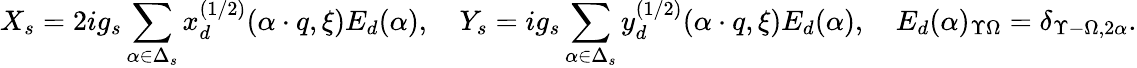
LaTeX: X_{s}=2ig_{s}\sum_{\alpha\in\Delta_{s}}x_{d}^{(1/2)}(\alpha\cdot q,\xi)E_{d}(\alpha),\quad Y_{s}=ig_{s}\sum_{\alpha\in\Delta_{s}}y_{d}^{(1/2)}(\alpha\cdot q,\xi)E_{d}(\alpha),\quad E_{d}(\alpha)_{\Upsilon\Omega}=\delta_{\Upsilon-\Omega,2\alpha}.